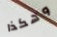
وهكذا